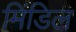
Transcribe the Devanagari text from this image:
मिंडिल